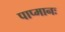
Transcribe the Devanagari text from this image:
पाप्मानः